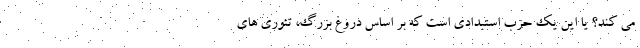
می کند؟ یا این یک حزب استبدادی است که بر اساس دروغ بزرگ، تئوری های